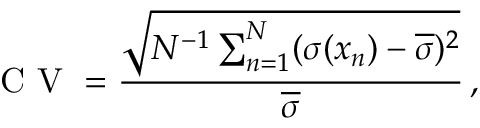
\mathrm { ~ C ~ V ~ } = \frac { \sqrt { N ^ { - 1 } \sum _ { n = 1 } ^ { N } ( \sigma ( x _ { n } ) - \overline { \sigma } ) ^ { 2 } } } { \overline { \sigma } } \, ,